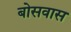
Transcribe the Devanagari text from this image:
बोसवास